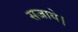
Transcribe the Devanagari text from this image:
सजाये।